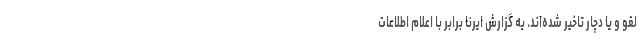
لغو و یا دچار تاخیر شده‌اند. به گزارش ایرنا برابر با اعلام اطلاعات